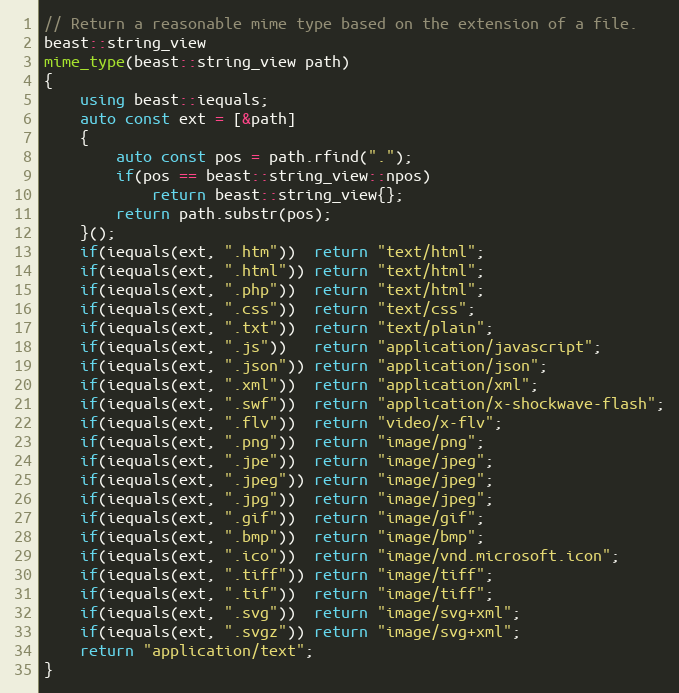
Language: C++
// Return a reasonable mime type based on the extension of a file.
beast::string_view
mime_type(beast::string_view path)
{
    using beast::iequals;
    auto const ext = [&path]
    {
        auto const pos = path.rfind(".");
        if(pos == beast::string_view::npos)
            return beast::string_view{};
        return path.substr(pos);
    }();
    if(iequals(ext, ".htm"))  return "text/html";
    if(iequals(ext, ".html")) return "text/html";
    if(iequals(ext, ".php"))  return "text/html";
    if(iequals(ext, ".css"))  return "text/css";
    if(iequals(ext, ".txt"))  return "text/plain";
    if(iequals(ext, ".js"))   return "application/javascript";
    if(iequals(ext, ".json")) return "application/json";
    if(iequals(ext, ".xml"))  return "application/xml";
    if(iequals(ext, ".swf"))  return "application/x-shockwave-flash";
    if(iequals(ext, ".flv"))  return "video/x-flv";
    if(iequals(ext, ".png"))  return "image/png";
    if(iequals(ext, ".jpe"))  return "image/jpeg";
    if(iequals(ext, ".jpeg")) return "image/jpeg";
    if(iequals(ext, ".jpg"))  return "image/jpeg";
    if(iequals(ext, ".gif"))  return "image/gif";
    if(iequals(ext, ".bmp"))  return "image/bmp";
    if(iequals(ext, ".ico"))  return "image/vnd.microsoft.icon";
    if(iequals(ext, ".tiff")) return "image/tiff";
    if(iequals(ext, ".tif"))  return "image/tiff";
    if(iequals(ext, ".svg"))  return "image/svg+xml";
    if(iequals(ext, ".svgz")) return "image/svg+xml";
    return "application/text";
}